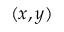
( x , y )